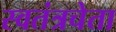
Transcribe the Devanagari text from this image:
स्वतंत्रचेता